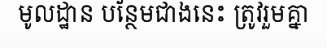
មូលដ្ឋាន បន្ថែមជាងនេះ ត្រូវរួមគ្នា